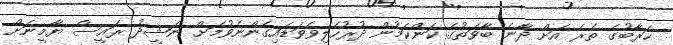
ހަރާބުގެ ތެރެ އަށް ދާނެ ބާވަތުގެ ކަންކަމުން ދުރުހެލިވެވަޑައިގެންނެވުމަށް ނަޝީދު ރައީސް ޔާމީނަށް